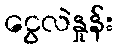
ငွေလဲနှုန်း